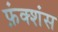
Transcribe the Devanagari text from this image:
फ़ंक्शंस